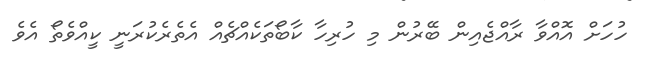
ހުހަށް އޮއްވާ ރާއްޖެއިން ބޭރުން މި ހުރިހާ ކާބޯތަކެއްޗެއް އެތެރެކުރަނީ ކީއްވެތޯ އެވެ